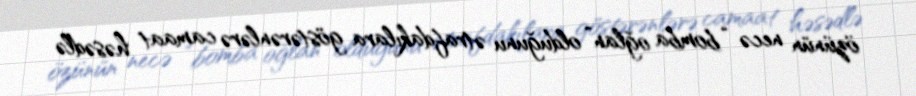
özünün necə “bomba oğlan” olduğunu ətrafdakılara göstərənlərə camaat həsədlə